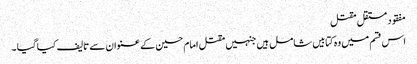
مفقود مستقل مقتل
اس قسم میں وہ کتابیں شامل ہیں جنہیں مقتل امام حسین کے عنوان سے تالیف کیا گیا ۔